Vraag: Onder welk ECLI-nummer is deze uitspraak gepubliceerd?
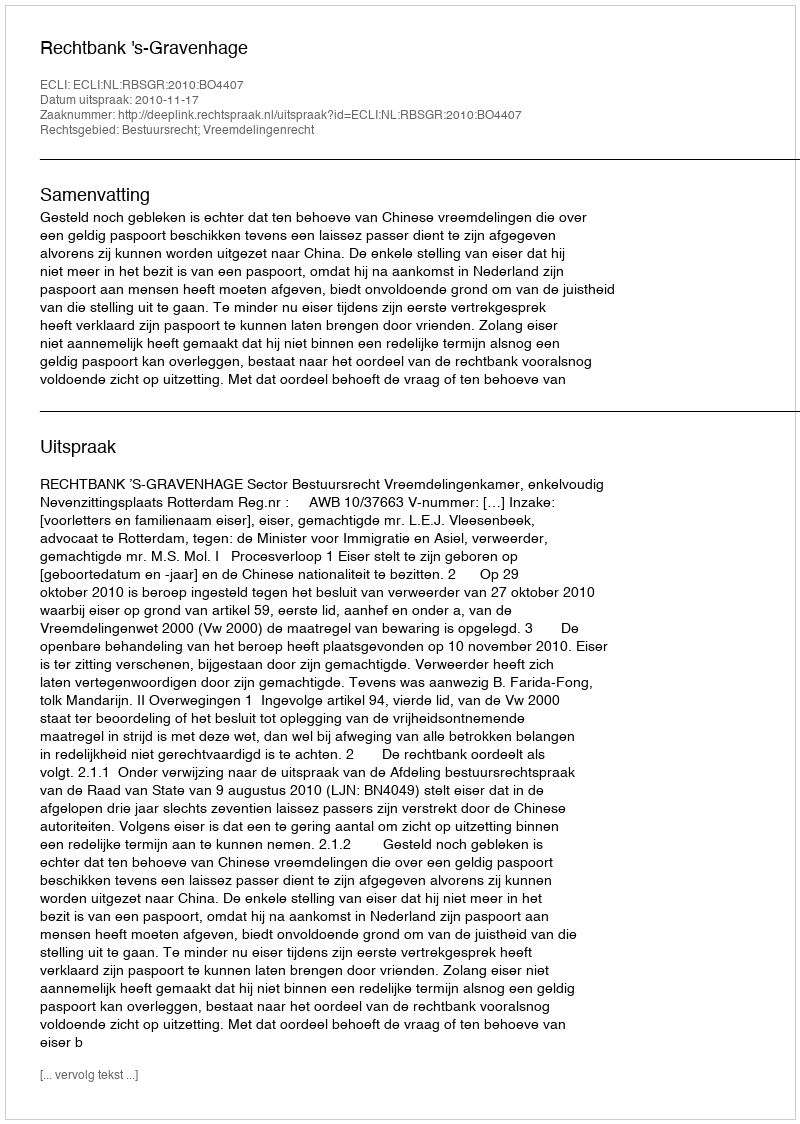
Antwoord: ECLI:NL:RBSGR:2010:BO4407